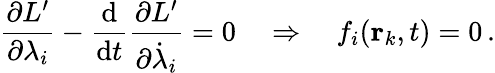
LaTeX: {\frac{\partial L^{\prime}}{\partial\lambda_{i}}}-{\frac{\mathrm{d}}{\mathrm{d}t}}{\frac{\partial L^{\prime}}{\partial{\dot{\lambda}}_{i}}}=0\quad\Rightarrow\quad f_{i}(\mathbf{r}_{k},t)=0\, .